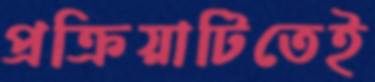
প্রক্রিয়াটিতেই